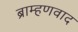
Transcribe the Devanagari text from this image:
ब्राम्हणवाद